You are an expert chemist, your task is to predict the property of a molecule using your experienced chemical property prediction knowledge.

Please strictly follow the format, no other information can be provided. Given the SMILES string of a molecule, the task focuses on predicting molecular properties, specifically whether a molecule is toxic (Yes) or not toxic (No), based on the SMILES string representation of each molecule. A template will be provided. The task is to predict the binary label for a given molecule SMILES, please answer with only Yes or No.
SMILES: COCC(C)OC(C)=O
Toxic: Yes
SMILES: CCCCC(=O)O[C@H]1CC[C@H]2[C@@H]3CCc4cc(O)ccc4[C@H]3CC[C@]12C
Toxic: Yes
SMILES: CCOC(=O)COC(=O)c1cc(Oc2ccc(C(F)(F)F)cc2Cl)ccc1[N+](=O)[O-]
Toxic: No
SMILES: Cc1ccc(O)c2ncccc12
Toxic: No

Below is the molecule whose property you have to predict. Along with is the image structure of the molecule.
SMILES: CCC(OCCCOC)OC(C)=O
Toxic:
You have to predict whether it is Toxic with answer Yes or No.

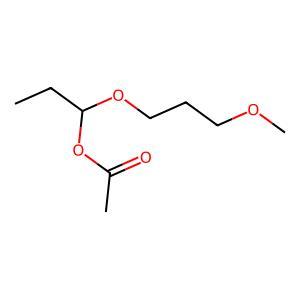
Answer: No